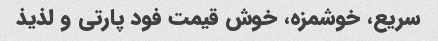
سریع، خوشمزه، خوش قیمت فود پارتی و لذیذ